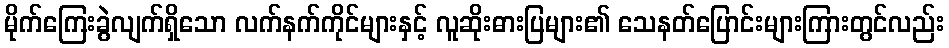
မိုက်ကြေးခွဲလျက်ရှိသော လက်နက်ကိုင်များနှင့် လူဆိုးဓားပြများ၏ သေနတ်ပြောင်းများကြားတွင်လည်း